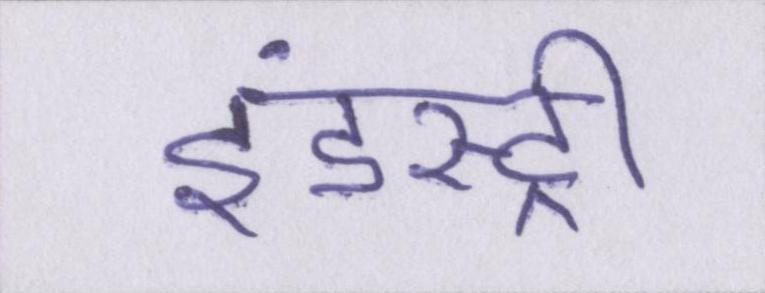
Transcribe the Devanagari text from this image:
इंडस्ट्री